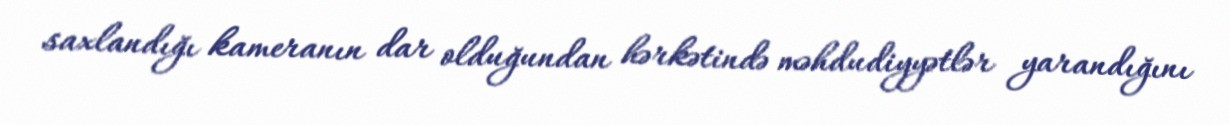
saxlandığı kameranın dar olduğundan hərkətində məhdudiyyətlər yarandığını